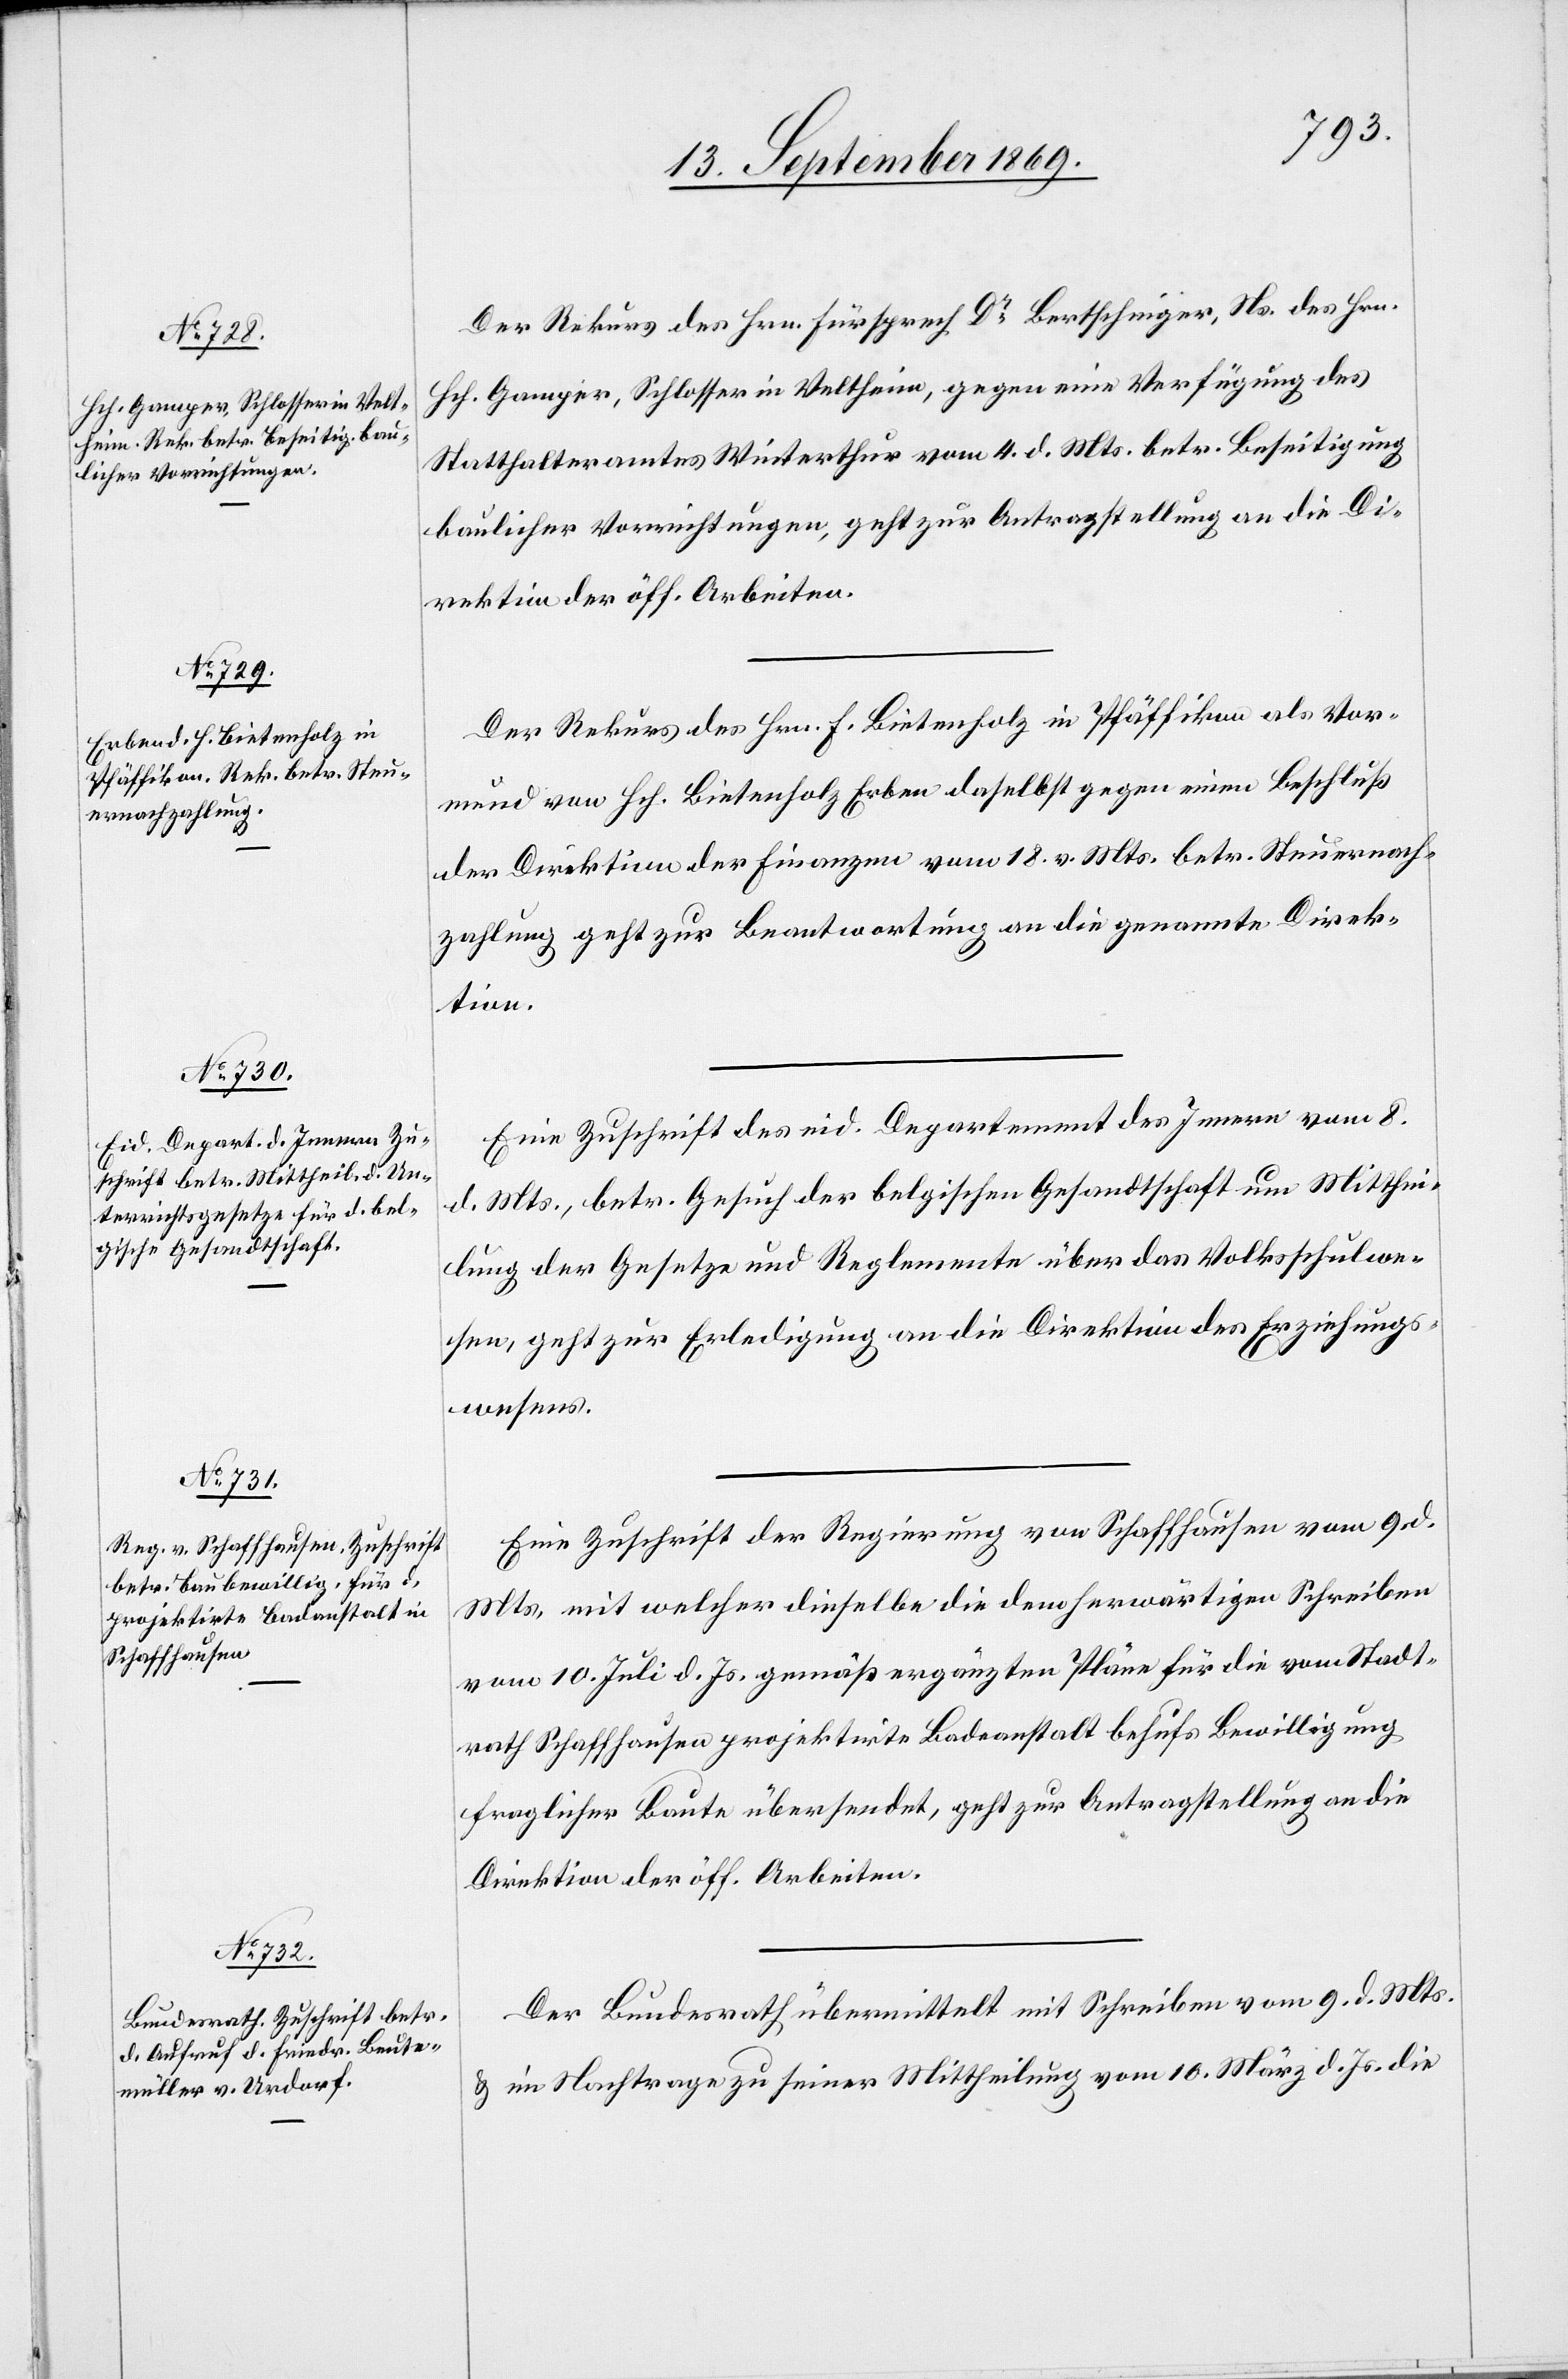
wesen.

13. September 1869.]
Der Rekurs des Hrn. Fürsprech Dr Bertschinger, Ns. des Hrn.
Hch. Gamper, Schlosser in Veltheim, gegen eine Verfügung des
Statthalteramtes Winterthur vom 4. d. Mts. betr. Beseitigung
baulicher Vorrichtungen, geht zur Antragstellung an die Dir¬
Der Rekurs des Hrn. F. Bietenholz in Pfäffikon als Vor¬
mund von Hch. Bietenholz Erben daselbst gegen einen Beschluß
der Direktion der Finanzen vom 18. v. Mts. betr. Steuernach¬
zahlung geht zur Beantwortung an die genannte Direk¬
tion.
Eine Zuschrift des eid. Departement des Innern vom 8.
d. Mts., betr. Gesuch der belgischen Gesandtschaft um Mitthei¬
lung der Gesetze und Reglemente über das Volksschulwe¬
sen, geht zur Erledigung an die Direktion der Erziehungs¬
Eine Zuschrift der Regierung von Schaffhausen vom 9. d.
Mts. mit welcher dieselbe die dem herwärtigen Schreiben
vom 10. Juli d. Js. gemäß ergänzten Pläne für die vom Stadt¬
rath Schaffhausen projektirte Badeanstalt behufs Bewilligung
fraglicher Baute übersendet, geht zur Antragstellung an die
Direktion der öff. Arbeiten.
Der Bundesrath übermittelt mit Schreiben vom 9. d. Mts.
& im Nachtrage zu seiner Mittheilung vom 10. März d. Js. die